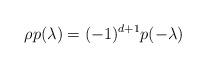
LaTeX: \begin{align*}\rho p(\lambda)=(-1)^{d+1}p(-\lambda)\end{align*}